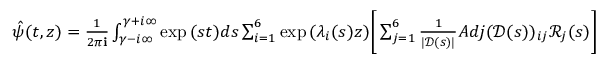
\begin{array} { r } { \hat { \psi } ( t , z ) = \frac { 1 } { 2 \pi \mathbf { i } } \int _ { \gamma - i \infty } ^ { \gamma + i \infty } \exp { ( s t ) } d s \sum _ { i = 1 } ^ { 6 } \exp { ( \lambda _ { i } ( s ) z ) } \Bigg [ \sum _ { j = 1 } ^ { 6 } \frac { 1 } { | \mathscr { D } ( s ) | } A d j ( \mathscr { D } ( s ) ) _ { i j } \mathscr { R } _ { j } ( s ) \Bigg ] } \end{array}